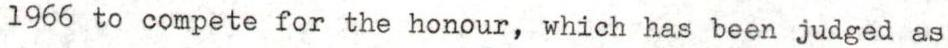
1966 to compete for the honour, which has been judged as